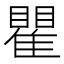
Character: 瞿